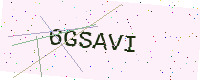
Text: 6GSAVI